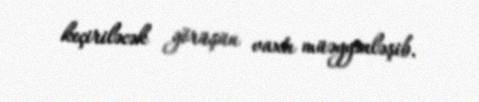
keçiriləcək görüşün vaxtı müəyyənləşib.